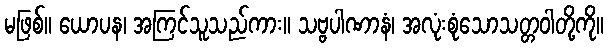
မဖြစ်။ ယောပန၊ အကြင်သူသည်ကား။ သဗ္ဗပါဏာနံ၊ အလုံးစုံသောသတ္တဝါတို့ကို။